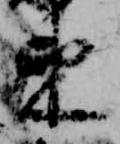
束